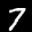
Label: 7